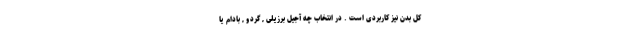
کل بدن نیز کاربردی است . در انتخاب چه آجیل برزیلی , گردو , بادام یا